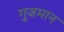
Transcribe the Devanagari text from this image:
गुजमान